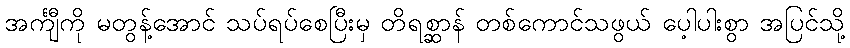
အင်္ကျီကို မတွန့်အောင် သပ်ရပ်စေပြီးမှ တိရစ္ဆာန် တစ်ကောင်သဖွယ် ပေ့ါပါးစွာ အပြင်သို့